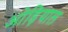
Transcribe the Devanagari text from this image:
ओड़ियाल